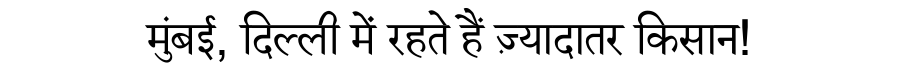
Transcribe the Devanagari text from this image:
मुंबई, दिल्ली में रहते हैं ज़्यादातर किसान!